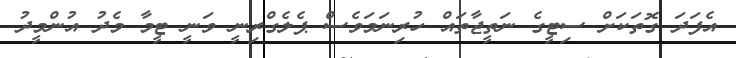
އެފަދަ ގޮތަކަށް ސިޓީގެ ނަތީޖާތައް ހުރިނަމަވެސް ޕެލެގްރިނީ ވަނީ ޓީމާ މެދު އުންމީދު